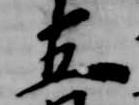
五